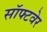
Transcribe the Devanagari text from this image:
सॉफ्‍टवेर